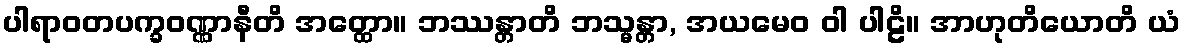
ပါရာဝတပက္ခဝဏ္ဏာနီတိ အတ္ထော။ ဘဿန္တာတိ ဘသ္မန္တာ, အယမေဝ ဝါ ပါဠိ။ အာဟုတိယောတိ ယံ